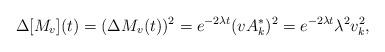
LaTeX: \begin{align*}\Delta[M_v](t)=(\Delta M_v(t))^2=e^{-2\lambda t}(vA^*_k)^2=e^{-2\lambda t}\lambda^2v_{k}^2,\end{align*}